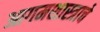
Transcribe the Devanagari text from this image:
आगमशास्त्राचे